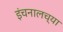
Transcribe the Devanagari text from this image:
इंचनालच्या